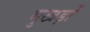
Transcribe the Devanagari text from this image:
मुखड़ों